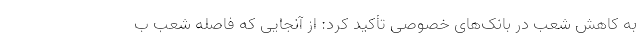
به کاهش شعب در بانک‌های خصوصی تأکید کرد: از آنجایی که فاصله شعب ب